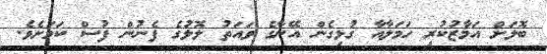
ބޮލަށް އަމާޒުކުރި ހަމަލާއާ ގުޅިގެން އޭނާގެ ވައަތު ލޮލުގެ ފެނުން ފުސް ކަމަށެވެ.